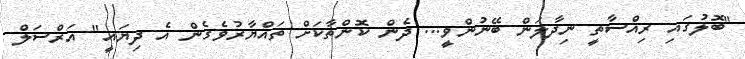
"ބޮލުގައި ރިއްސާތީ ނިދާލަން ބޭނުންވީ... ދެން ކޮންތާކަށް ތައްޔާރުވެގެން އެ ދިޔައީ" އަރްސަލް